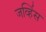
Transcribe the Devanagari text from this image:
जर्व्हिस